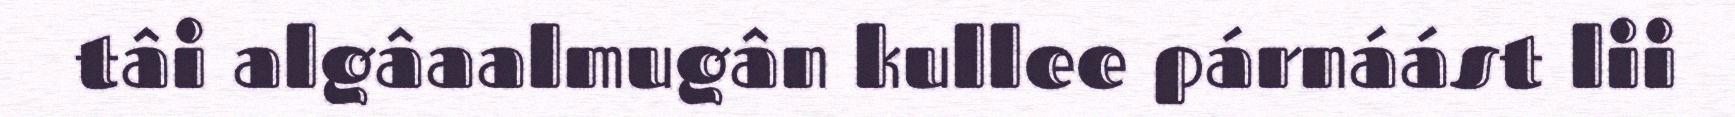
tâi algâaalmugân kullee párnáást lii